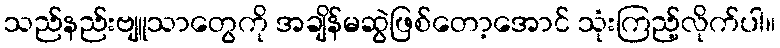
သည်နည်းဗျူသာတွေကို အချိန်မဆွဲဖြစ်တော့အောင် သုံးကြည့်လိုက်ပါ။